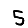
Digit: 5